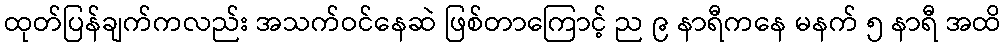
ထုတ်ပြန်ချက်ကလည်း အသက်ဝင်နေဆဲ ဖြစ်တာကြောင့် ည ၉ နာရီကနေ မနက် ၅ နာရီ အထိ